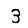
Digit: 3